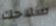
سلاحك